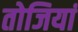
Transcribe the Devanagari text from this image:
तोजियां